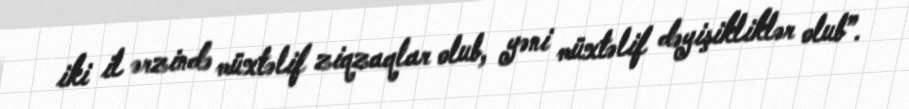
iki il ərzində müxtəlif ziqzaqlar olub, yəni müxtəlif dəyişikliklər olub”.